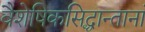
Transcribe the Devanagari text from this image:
वैशेषिकसिद्धान्तानां